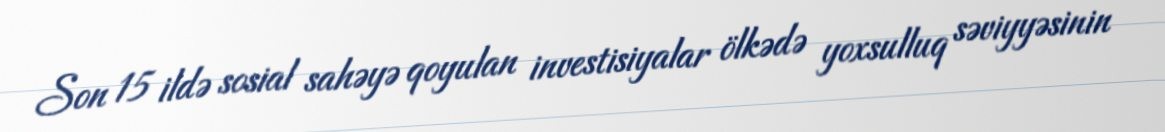
Son 15 ildə sosial sahəyə qoyulan investisiyalar ölkədə yoxsulluq səviyyəsinin